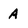
Character: A